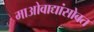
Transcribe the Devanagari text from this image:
माओवाद्यांसोबत